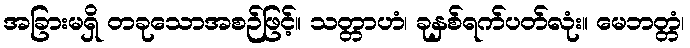
အခြားမရှိ တခုသောအစဉ်ဖြင့်။ သတ္တာဟံ၊ ခုနှစ်ရက်ပတ်လုံး။ မေဘတ္တံ၊